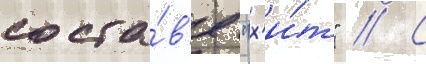
соста́в'е "х'и́т" // С